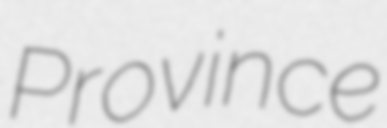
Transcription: Province